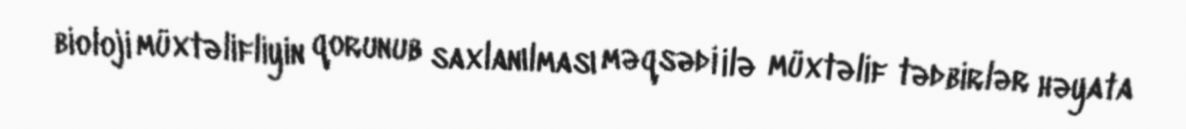
bioloji müxtəlifliyin qorunub saxlanılması məqsədi ilə müxtəlif tədbirlər həyata